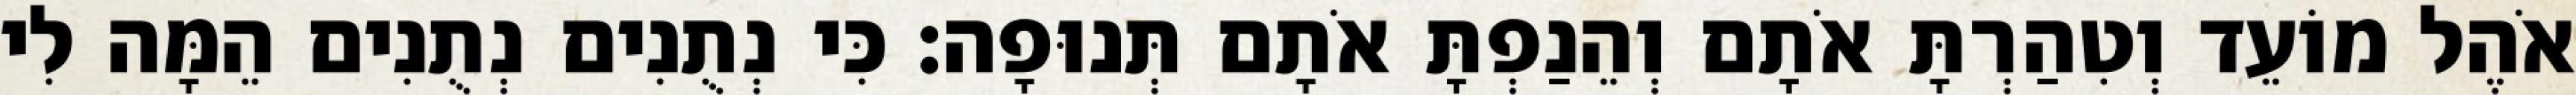
אֹהֶל מוֹעֵד וְטִהַרְתָּ אֹתָם וְהֵנַפְתָּ אֹתָם תְּנוּפָה׃ כִּי נְתֻנִים נְתֻנִים הֵמָּה לִי